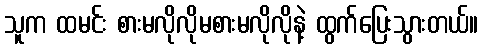
သူက ထမင်း စားမလိုလိုမစားမလိုလိုနဲ့ ထွက်ပြေးသွားတယ်။